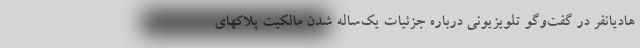
هادیانفر در گفت‌وگو تلویزیونی درباره جزئیات یک‌ساله شدن مالکیت پلاکهای